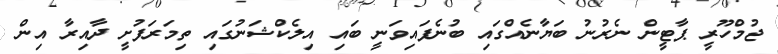
ޖުމްހޫރީ ޕާޓީން ނެރުނު ބަޔާނެއްގައި ބުނެފައިވަނީ ބައި އިލެކްޝަނުގައި ތިމަރަފުށީ ދާއިރާ އިން